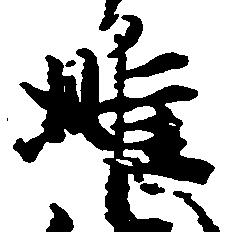
雌